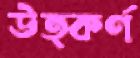
উত্কর্ণ